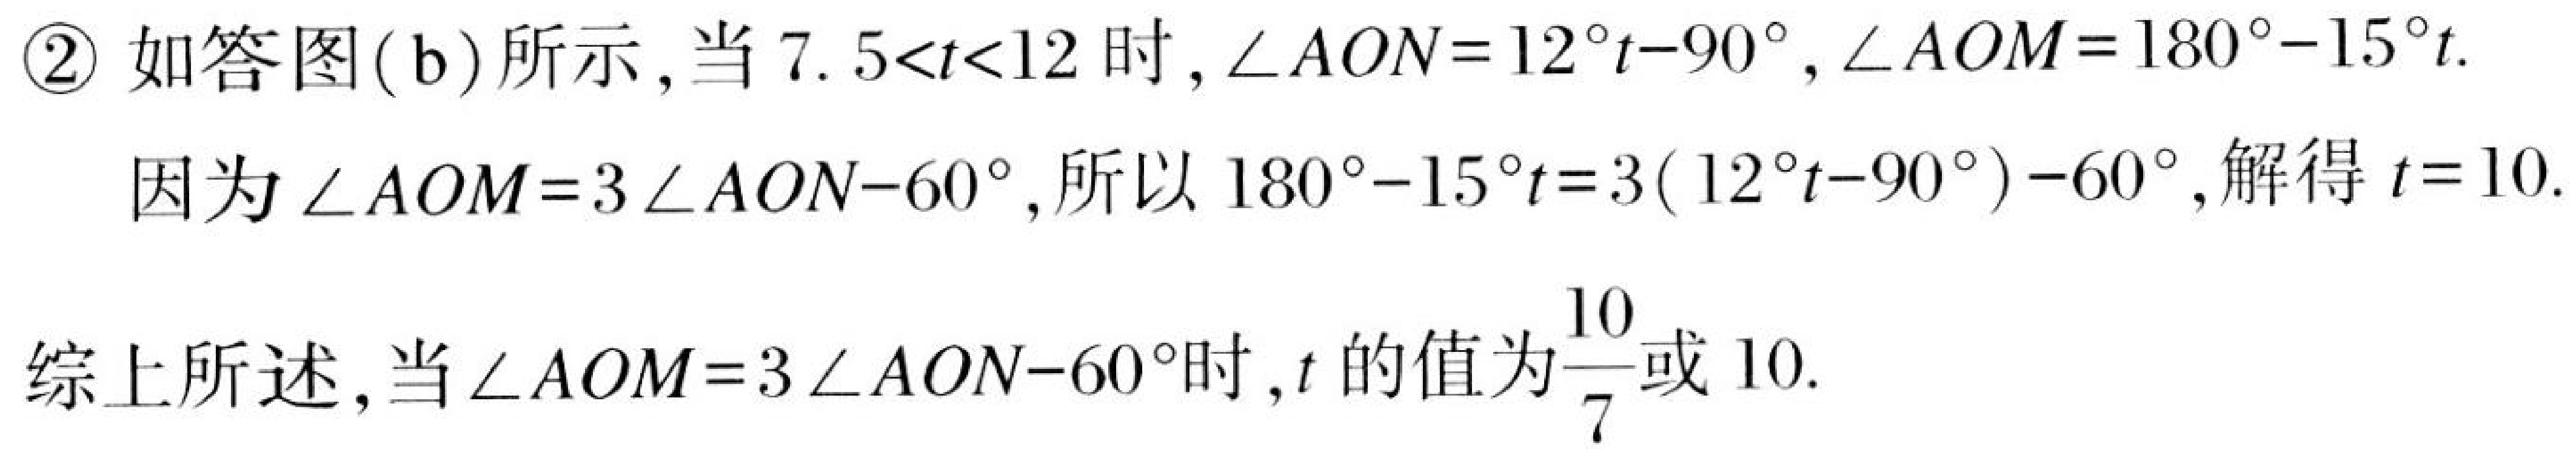
\textcircled{2} 如答图(b)所示,当\(7.5<t<12\)时,\(\angle AON = 12^{\circ}t - 90^{\circ},\angle AOM = 180^{\circ}-15^{\circ}t\).
因为\(\angle AOM = 3\angle AON - 60^{\circ}\),所以\(180^{\circ}-15^{\circ}t = 3(12^{\circ}t - 90^{\circ})-60^{\circ}\),解得\(t = 10\).
综上所述,当\(\angle AOM = 3\angle AON - 60^{\circ}\)时,\(t\)的值为\(\dfrac{10}{7}\)或 \(10\).